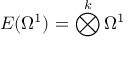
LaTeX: E ( \Omega ^ { 1 } ) = \bigotimes ^ { k } \Omega ^ { 1 }